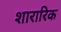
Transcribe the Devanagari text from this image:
शारारिक